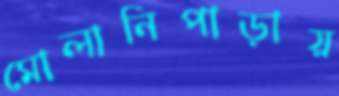
মোলানিপাড়ায়